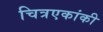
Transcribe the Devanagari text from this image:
चित्रएकांकी